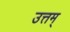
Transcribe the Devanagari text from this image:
उत्तम्